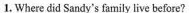
1.Where did Sandy's family live before?